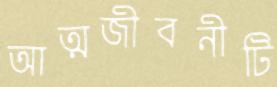
আত্মজীবনীটি